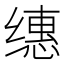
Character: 𰬸